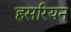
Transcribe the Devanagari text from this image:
हसरियन